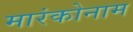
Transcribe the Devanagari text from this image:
मारंकोनाम